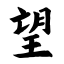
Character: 望